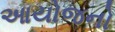
આયોજનો